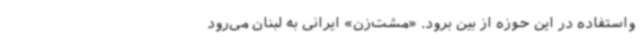
واستفاده در این حوزه از بین برود. «مشت‌زن» ایرانی به لبنان می‌رود